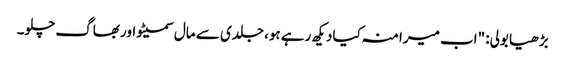
بڑھیا بولی: "اب میرا منہ کیا دیکھ رہے ہو، جلدی سے مال سمیٹو اور بھاگ چلو۔